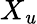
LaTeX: X_{\mathit{u}}